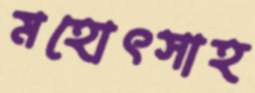
মহোৎসাহ